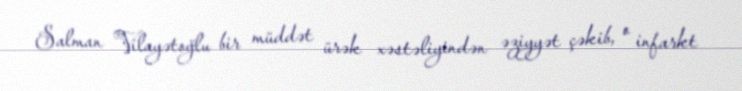
Salman Vilayətoğlu bir müddət ürək xəstəliyindən əziyyət çəkib, o infarkt